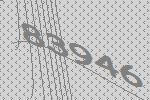
83946